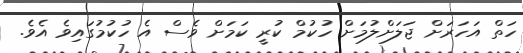
ހަތް އަހަރަށް ޖަލަށްލުމަށް ހުކުމް ކުރީ ކަމަށް ވެސް އެ ހުކުމުގައިވެ އެވެ.